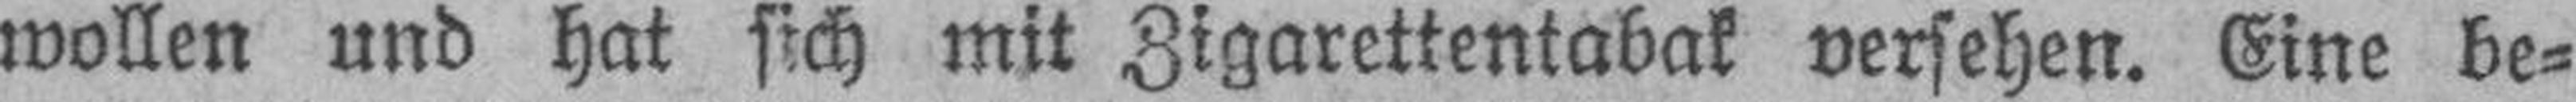
wollen und hat sich mit Zigarettentabak versehen. Eine be¬